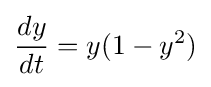
{\frac {dy}{dt}}=y(1-y^{2})